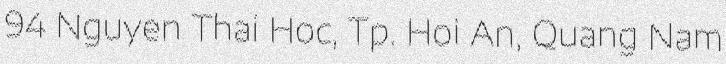
94 Nguyen Thai Hoc, Tp. Hoi An, Quang Nam